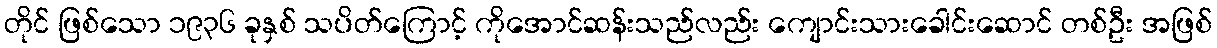
တိုင် ဖြစ်သော ၁၉၃၆ ခုနှစ် သပိတ်ကြောင့် ကိုအောင်ဆန်းသည်လည်း ကျောင်းသားခေါင်းဆောင် တစ်ဦး အဖြစ်